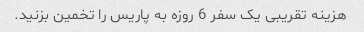
هزینه تقریبی یک سفر 6 روزه به پاریس را تخمین بزنید.